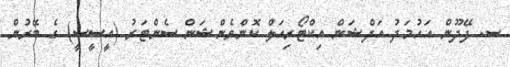
ސ. ފޭދޫން އަހުމަދު އަދްޝަން އިކްޓޯރިއަލް ކޮންވެންޝަން ސެންޓަރު (އީސީސީ) ގެ ބޭރުން